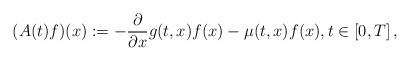
LaTeX: \begin{align*}(A(t)f)(x):=-\frac{\partial}{\partial{x}}g(t,x)f(x)-\mu(t,x)f(x),t\in\left[0,T\right],\end{align*}